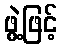
ဖွဲ့ဖြင့်